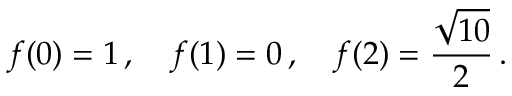
f ( 0 ) = 1 \, , \ \ \ f ( 1 ) = 0 \, , \ \ \ f ( 2 ) = \frac { \sqrt { 1 0 } } { 2 } \, .